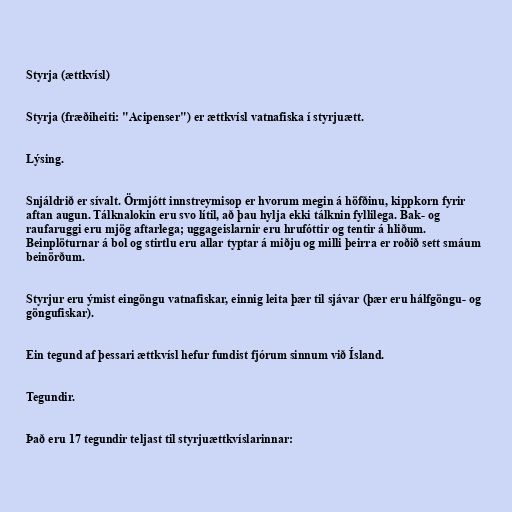
Styrja (ættkvísl)

Styrja (fræðiheiti: "Acipenser") er ættkvísl vatnafiska í styrjuætt.

Lýsing.

Snjáldrið er sívalt. Örmjótt innstreymisop er hvorum megin á höfðinu, kippkorn fyrir
aftan augun. Tálknalokin eru svo lítil, að þau hylja ekki tálknin fyllilega. Bak- og
raufaruggi eru mjög aftarlega; uggageislarnir eru hrufóttir og tentir á hliðum.
Beinplöturnar á bol og stirtlu eru allar typtar á miðju og milli þeirra er roðið sett smáum
beinörðum.

Styrjur eru ýmist eingöngu vatnafiskar, einnig leita þær til sjávar (þær eru hálfgöngu- og
göngufiskar).

Ein tegund af þessari ættkvísl hefur fundist fjórum sinnum við Ísland.

Tegundir.

Það eru 17 tegundir teljast til styrjuættkvíslarinnar: